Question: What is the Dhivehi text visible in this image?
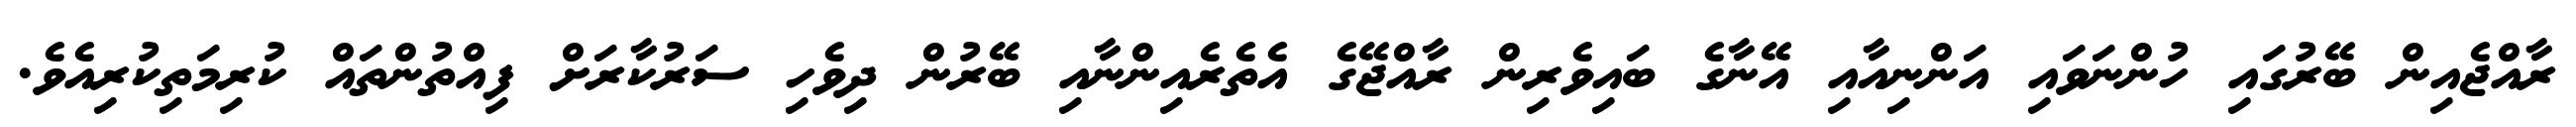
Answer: ރާއްޖެއިން ބޭރުގައި ހުންނަވައި އަންނިއާއި އޭނާގެ ބައިވެރިން ރާއްޖޭގެ އެތެރެއިންނާއި ބޭރުން ދިވެހި ސަރުކާރަށް ފިއްތުންތައް ކުރިމަތިކުރިއެވެ.